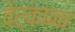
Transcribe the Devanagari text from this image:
वेर्काना